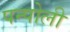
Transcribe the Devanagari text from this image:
पन्पोली